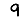
Digit: 9